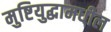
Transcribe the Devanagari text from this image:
मुष्टियुद्धामधील